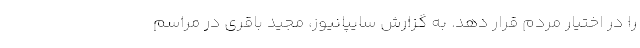
را در اختیار مردم قرار دهد. به گزارش سایپانیوز، مجید باقری در مراسم